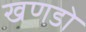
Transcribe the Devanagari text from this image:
खणडो